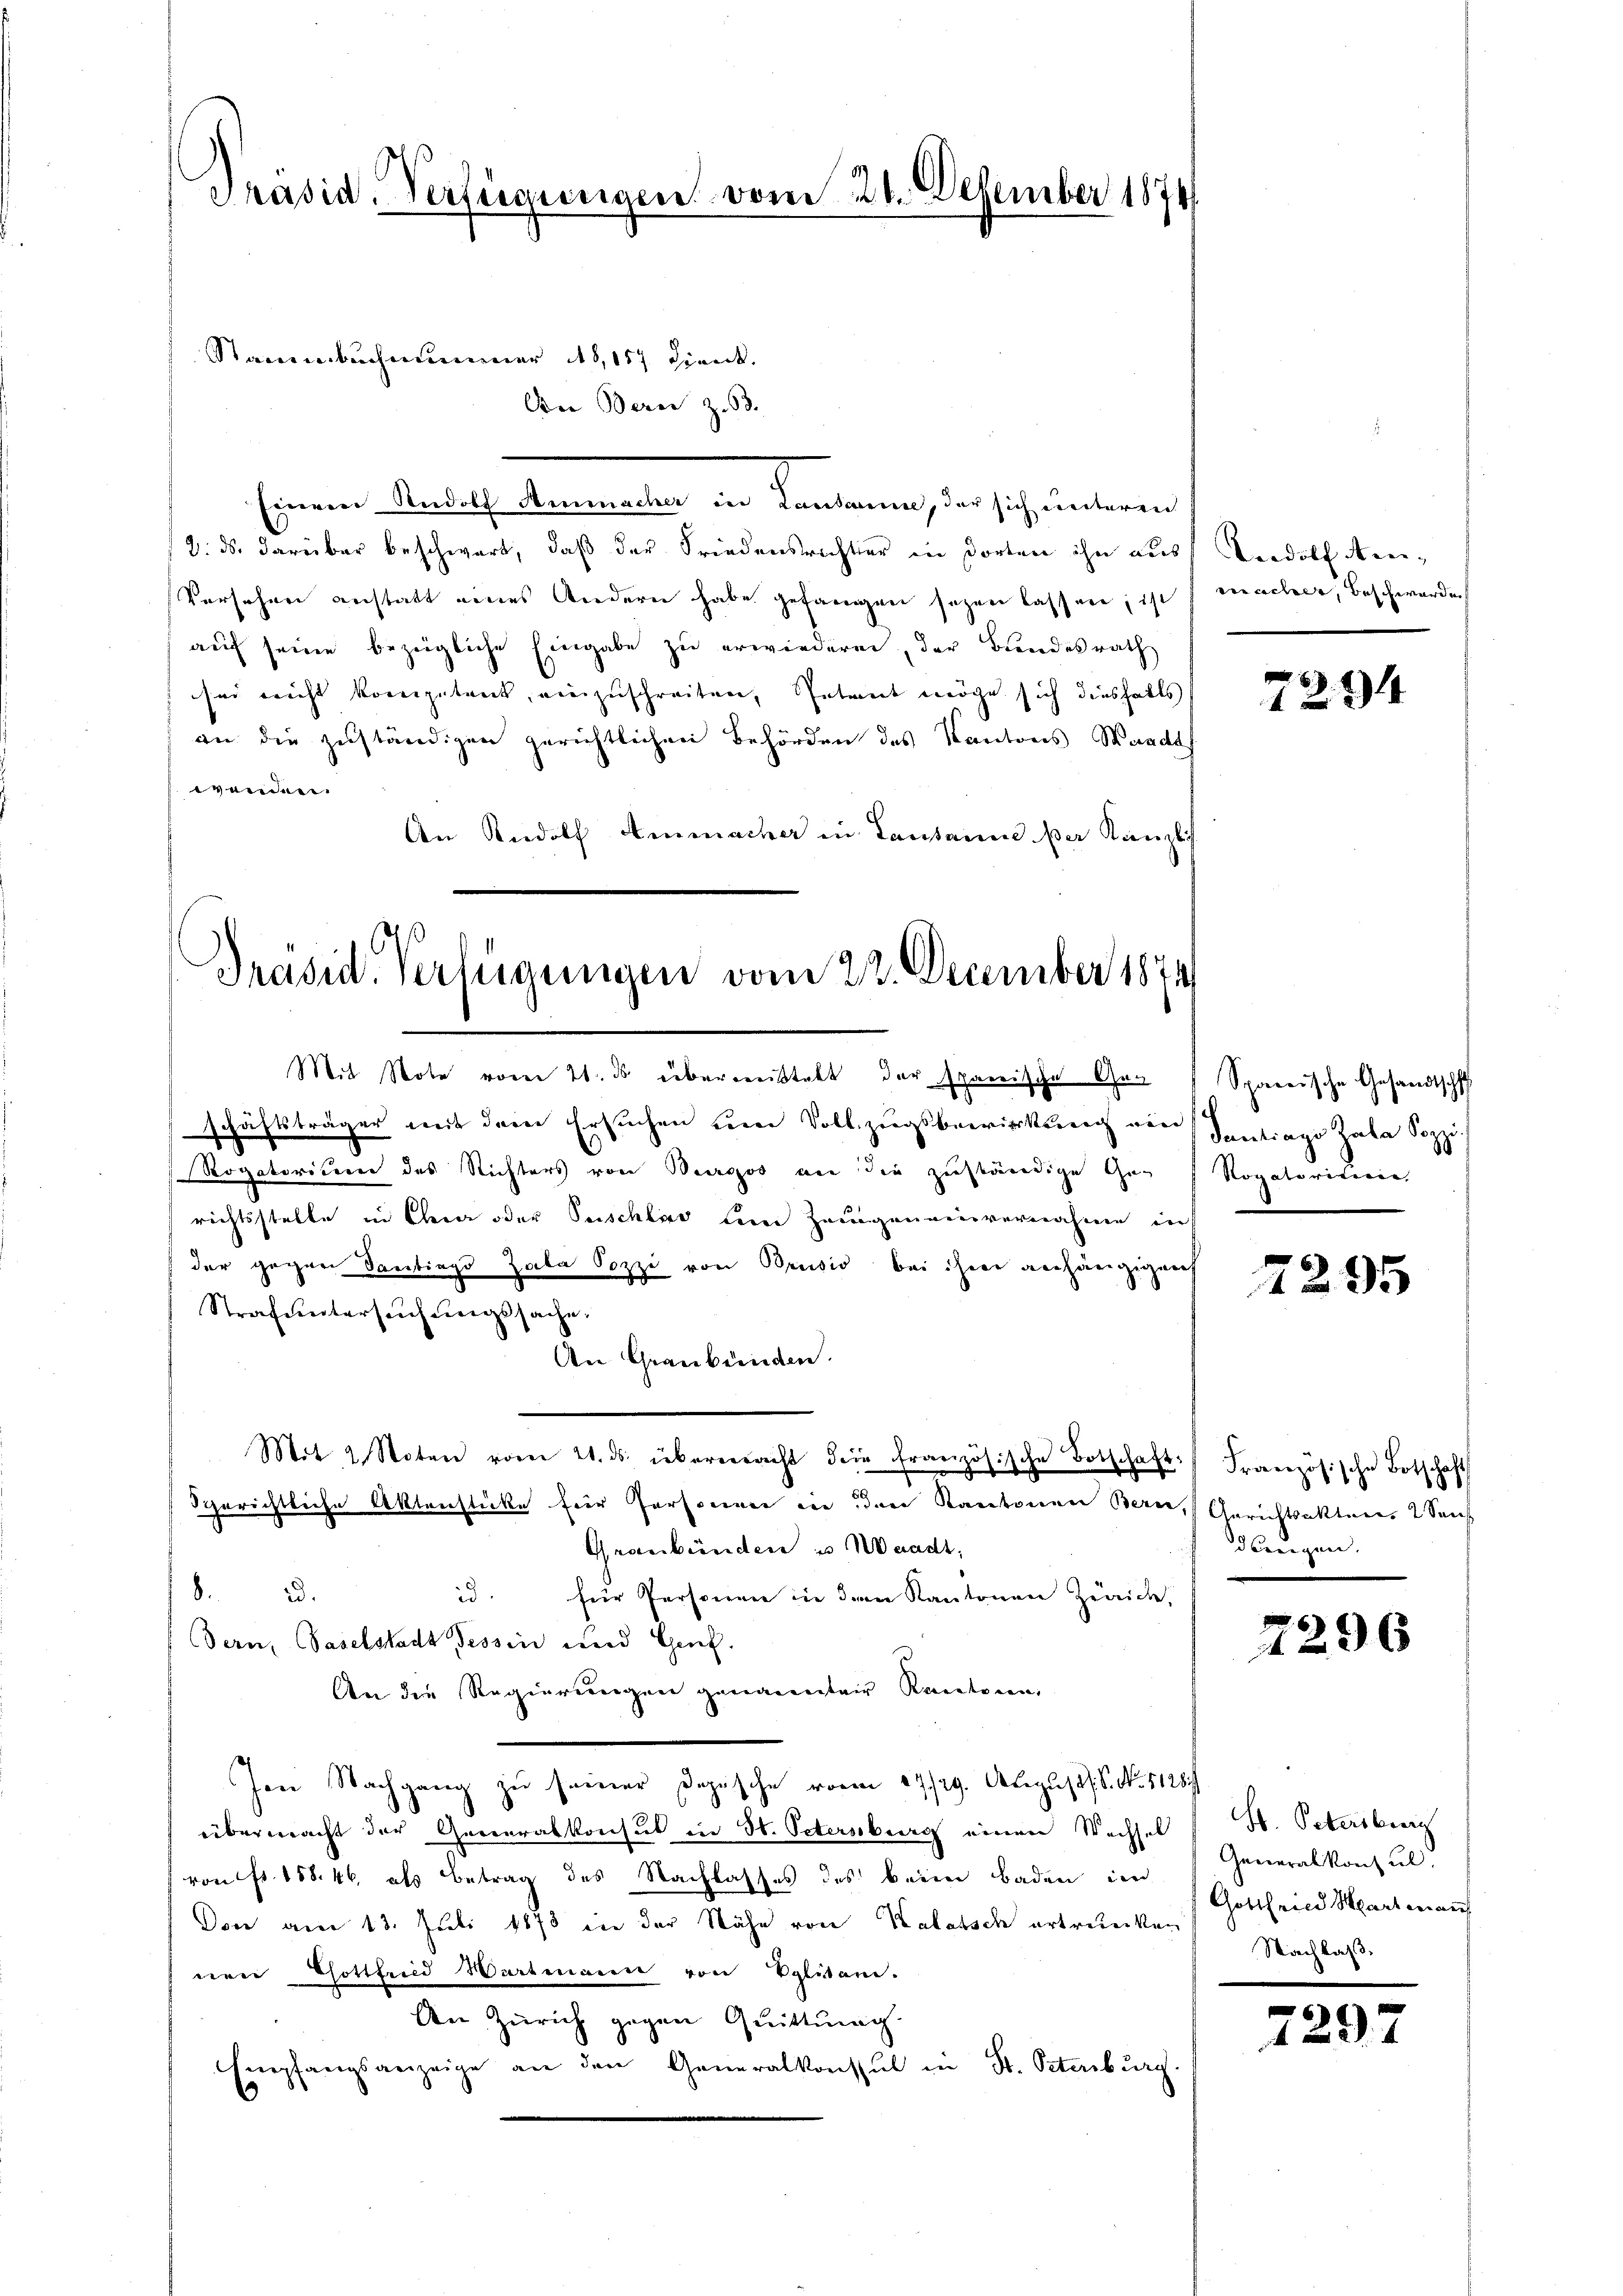
Präsid. Verfügungen vom 21. Dezember 1874

Stainenbache immer 16, 157 Direct.
Oor Beren z. 53. |
Einem Rudolf Rommneten in Landerung, der sich untere
8. ds. darüber beschwart, daß der Friedensrichter in dorten ihn aus Rudolf Men-
Versehen anstatt eines Andern habe gefangen seyen lassen; ist macher, beschwerden
auf seine bezügliche Eingabe zu erwiederen, der Bundesrath
sei nicht kompetent, einzuschreiten, Antant möge sich diesfalls
an die zuständigen gerichtlichen Behörden des Kantons Wandes
wenden.
An Rudolf Ammacher in Lausanne der Kanzlis

Präsid. Verfügungen vom 22. December 1874

Mit Note vom 21. ds. übermeistatt der spanische Ger Spanische Gesandtschaff
schäftsträger mit dem Ersuchen um Vollzugsbewirkung von Sentiago Zala Sophi¬
Rogatoricum des Richters von Bergos an die zuständige Gerichtsstelle in Chier oder Puschlage den Zeugeneinvernahme in
der gegen Santings Zala Pozzi von Brusio bei ihre anhängigent
Strafuntersuchungssache.
An Graubünden.
Mit 2 Noten vom 21. ds. übereeracht dein französische Botschaft
sgerichtliche Aktenstücke für Personen ein den Kantonen Bern, Gerichtsaktens 2 Sons
Graubünden u. Waadt,
8.3.
id. für Personen in dem Kantonen Zürich,
Dern, Baselstadt Tessin und Genf.
An die Regierungen genannter Rectoren,
Jene Nachgang zu seiner Depesche vom 17./29. August. S. No. 1128.
übermacht der Generalkonsus in St. Petersburg einen Wechsel
von fr. 158. 46, als Betrag des Nachlasses des beim Baden in
Don am 13. Juli 1878 in der Nähe von Kalatsch ertruecken
nen Pottfried Wartmann von Solitani.
An Zürich gegen Quittung.
Empfangsanzeige an den Generalkonsul in St. Petenburg.

7294

Rogatoritiere,

2295

Französische Botschaft
dangen.

7296

H. Petersburg
Generalkonsul
Gottfried Hartenauf
Nachlaß.

7297